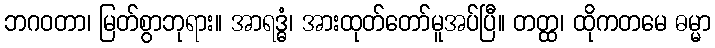
ဘဂဝတာ၊ မြတ်စွာဘုရား။ အာရဒ္ဓံ၊ အားထုတ်တော်မူအပ်ပြီ။ တတ္ထ၊ ထိုကတမေ ဓမ္မာ